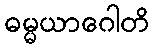
ဓမ္မယာဂေါတိ